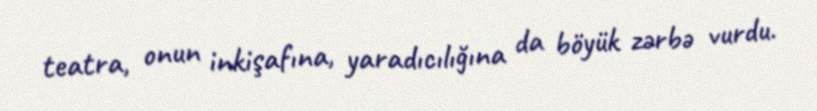
teatra, onun inkişafına, yaradıcılığına da böyük zərbə vurdu.